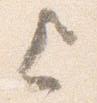
上